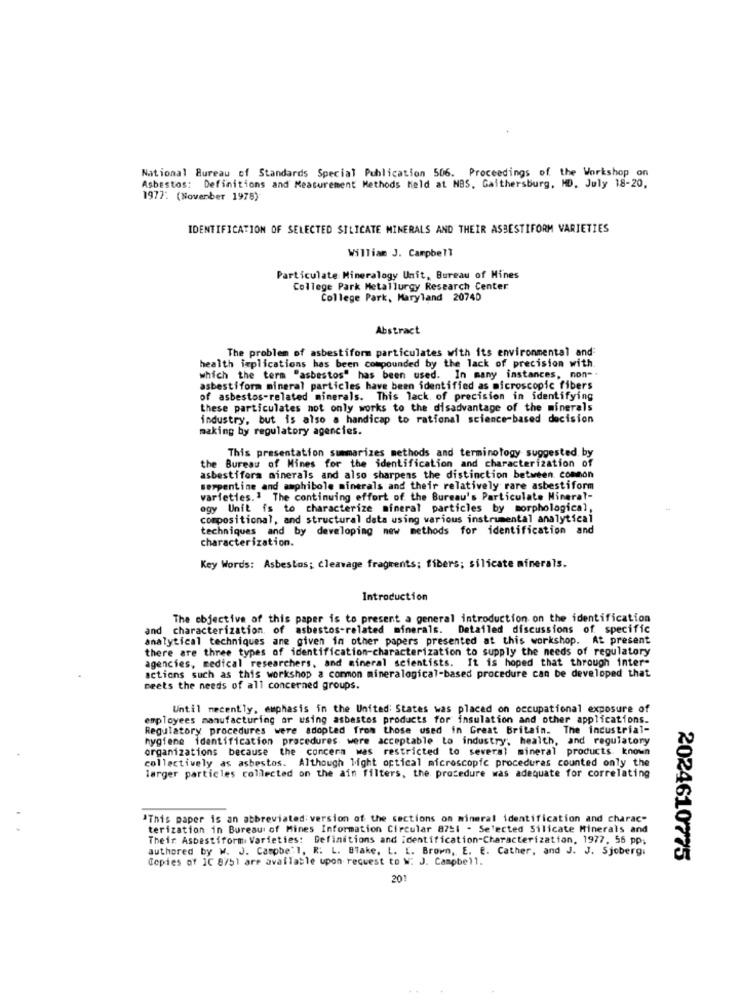
National Bureau of Standards Special Publication 506.
Proceedings of the Workshop on
Asbestos: Definitions and Measurement Methods held at NBS. Gaithersburg, MD. July 18-20,
1977: (November 1978)
IDENTIFICATION OF SELECTED SILICATE MINERALS AND THEIR ASBESTIFORM VARIETIES
William J. Campbell
Particulate Mineralogy Unit, Bureau of Mines
College Park Metallurgy Research Center
College Park, Maryland 20740
Abstract
The problem of asbestiform particulates with its environmental and
health implications has been compounded by the lack of precision with.
which the term "asbestos" has been used. In many instances, non -.
asbestiform mineral particles have been identified as microscopic fibers
of asbestos-related minerals. This lack of precision in identifying
these particulates not only works to the disadvantage of the minerals
industry, but is also a handicap to rational science-based decision
making by regulatory agencies.
This presentation summarizes methods and terminology suggested by
the Bureau of Mines for the identification and characterization of
asbestifora minerals and also sharpens the distinction between common
serpentine and amphibole minerals and their relatively rare asbestiform
varieties .. The continuing effort of the Bureau's Particulate Mineral-
egy Unit is to characterize mineral particles by morphological,
compositional, and structural data using various instrumental analytical
techniques and by developing new methods for identification and
characterization.
Key Words: Asbestos; cleavage fragrcents; fibers; silicate minerals.
Introduction
The objective of this paper is to present a general introduction on the identification
and characterization. of asbestos-related minerals.
Detailed discussions of specific
analytical techniques ane given in other papers presented at this workshop. At present
there are three types of identification-characterization to supply the needs of regulatory
agencies, medical researchers, and mineral scientists. It is hoped that through inter-
actions such as this workshop a common mineralogical-based procedure can be developed that
meets the needs of all concerned groups.
Until necently, emphasis in the United States was placed on occupational exposure of
employees manufacturing ar using asbestos products for insulation and other applications.
Regulatory procedures were adopted from those used in Great Britain. The industrial-
hygiene identification procedures. were acceptable to industry; health, and regulatory
organizations because the concern was restricted to several mineral products. known
collectively as asbestos. Although light optical microscopic procedures counted only the
larger particles collected on the ain filters, the procedure was adequate for correlating
"This paper is an abbreviated: version of the sections on mineral identification and charac-
terization in Bureau of Mines Information Circular 8751 - Selected Silicate Minerals and
Their Asbestiform Varieties: Definitions and identification-Characterization, 1977, 56 pp;
authored by W. J. Campbe'l, R. L. Blake, L. [. Brown, E. E. Cather, and J. J. Sjoberg.
Copies of IC 8751 are available upon request to W: J. Campbell.
2024610775
201